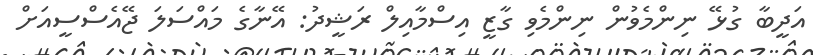
އަދީބާ ގުޅޭ ނިންމެވުން ނިންމެވި ގާޒީ އިސްމާއިލް ރަޝީދު: އޭނާގެ މައްސަލަ ޖޭއެސްސީއަށް